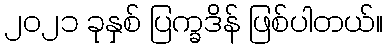
၂၀၂၁ ခုနှစ် ပြက္ခဒိန် ဖြစ်ပါတယ်။